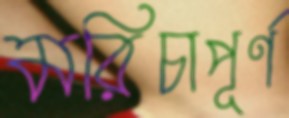
মরিচাপূর্ণ